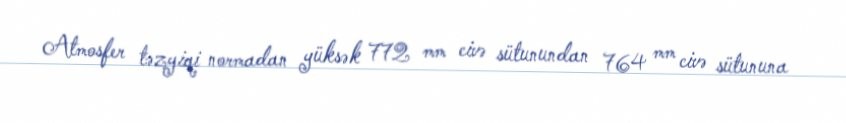
Atmosfer təzyiqi normadan yüksək 772 mm civə sütunundan 764 mm civə sütununa